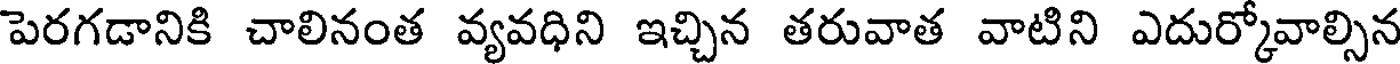
పెరగడానికి చాలినంత వ్యవధిని ఇచ్చిన తరువాత వాటిని ఎదుర్కోవాల్సిన